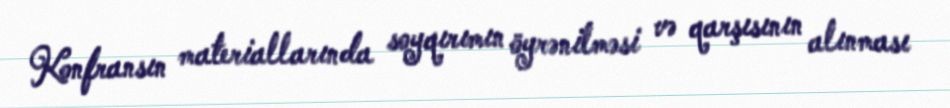
Konfransın materiallarında soyqırımın öyrənilməsi və qarşısının alınması